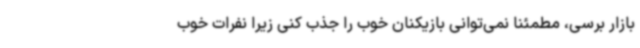
بازار برسی، مطمئنا نمی‌توانی بازیکنان خوب را جذب کنی زیرا نفرات خوب